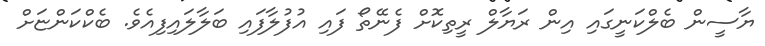
ޔާސީން ބެލްކަނީގައި އިން ރަޔާލް ރީތިކޮށް ފެނޭތޯ ފައި އުފުލާފައި ބަލާލައިފިއެވެ. ބެކްކަންޏަށް